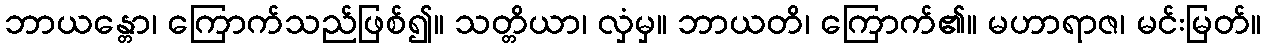
ဘာယန္တော၊ ကြောက်သည်ဖြစ်၍။ သတ္တိယာ၊ လှံမှ။ ဘာယတိ၊ ကြောက်၏။ မဟာရာဇ၊ မင်းမြတ်။